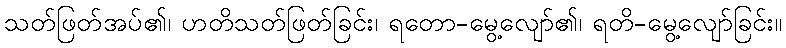
သတ်ဖြတ်အပ်၏၊ ဟတိသတ်ဖြတ်ခြင်း၊ ရတော-မွေ့လျော်၏၊ ရတိ-မွေ့လျော်ခြင်း။